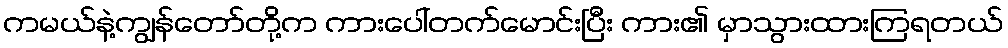
ကမယ်နဲ့ကျွန်တော်တို့က ကားပေါ်တက်မောင်းပြီး ကား၏ မှာသွားထားကြရတယ်